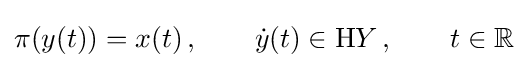
\pi (y(t))=x(t)\,,\qquad {\dot {y}}(t)\in \mathrm {H} Y\,,\qquad t\in \mathbb {R}